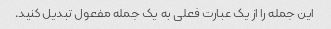
این جمله را از یک عبارت فعلی به یک جمله مفعول تبدیل کنید.